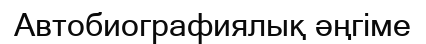
Автобиографиялық әңгіме